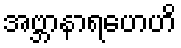
အဗ္ဘာနာရဟေဟိ